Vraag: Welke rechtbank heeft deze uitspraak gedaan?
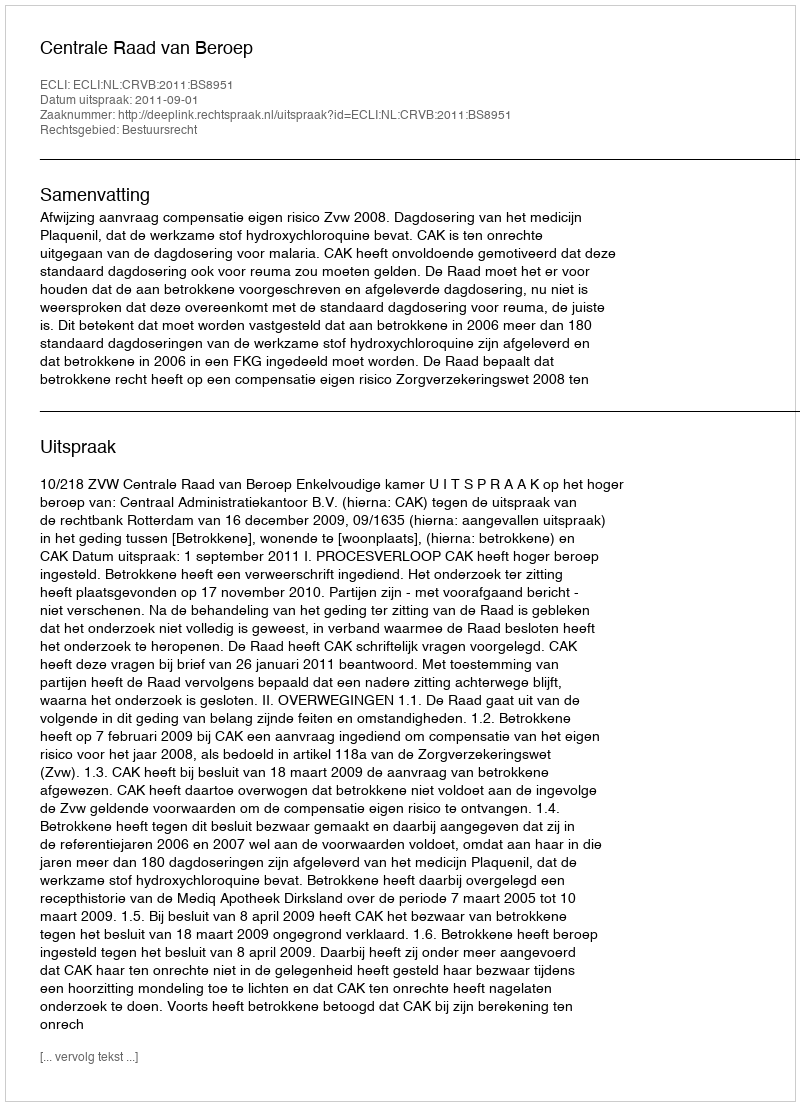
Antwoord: Centrale Raad van Beroep